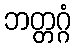
ဘတ္တဂ္ဂံ